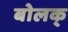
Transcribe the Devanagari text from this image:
बोलक्